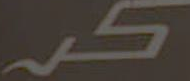
كر